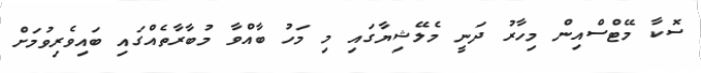
ސޮކާ މޭޓްސްއިން މިހާރު ދަނީ މެލޭޝިޔާގައި މި މަހު ބާއްވާ މުބާރާތެއްގައި ބައިވެރިވުމަށް